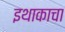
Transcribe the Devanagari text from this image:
इथाकाचा